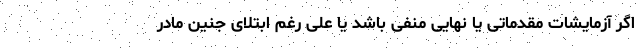
اگر آزمایشات مقدماتی یا نهایی منفی باشد یا علی رغم ابتلای جنین مادر